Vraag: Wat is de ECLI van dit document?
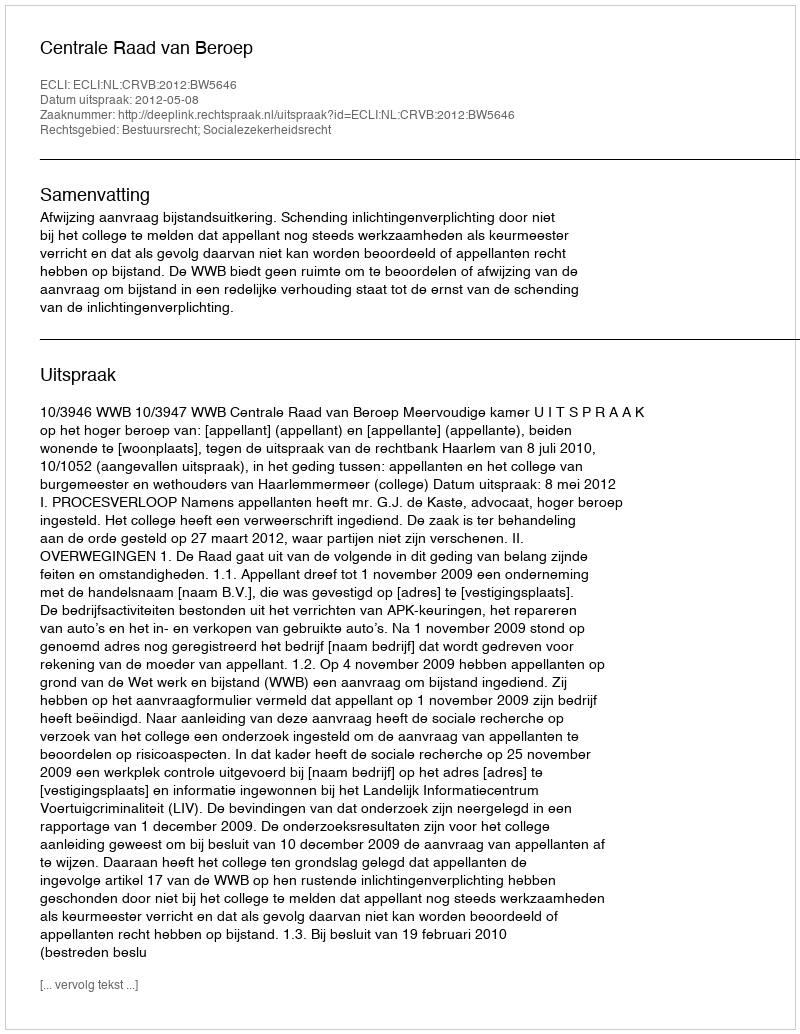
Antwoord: ECLI:NL:CRVB:2012:BW5646